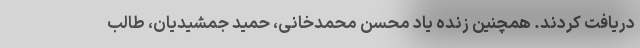
دریافت کردند. همچنین زنده یاد محسن محمدخانی، حمید جمشیدیان، طالب